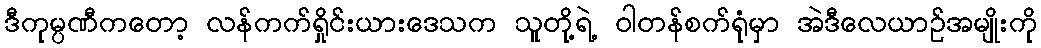
ဒီကုမ္ပဏီကတော့ လန်ကက်ရှိုင်းယားဒေသက သူတို့ရဲ့ ဝါတန်စက်ရုံမှာ အဲဒီလေယာဉ်အမျိုးကို